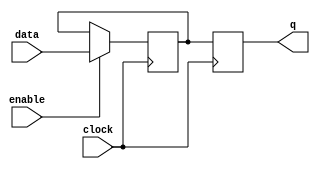
module Gated_DLatch_FF (
    input data,
    input enable,
    input clock,
    output reg q
);

reg d;

always @(posedge clock) begin
    if (enable) begin
        d <= data;
    end
    q <= d;
end

endmodule